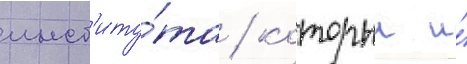
инст'иту́та / которыи и́